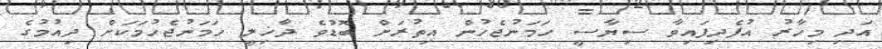
އަދި މިހާރު އުފެދިފައިވާ ސިޔާސީ ހަމަނުޖެހުން އިތުރަށް ބޮޑުވެ ދާޚިލީ ހަމަނުޖެހުމަކަށް ދިއުމުގެ